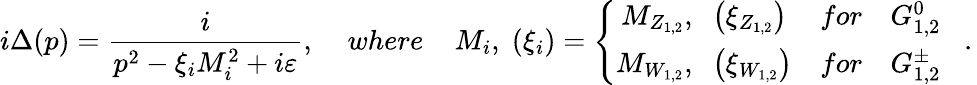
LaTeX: i\Delta(p)=\frac{i}{p^{2}-\xi_{i}M_{i}^{2}+i\varepsilon},\; \; \; \; where\; \; \; \; M_{i},\; (\xi_{i})=\left\{ \begin{array}{ccl}{{M_{Z_{1,2}},\; \; \left(\xi_{Z_{1,2}}\right)}}&{{for}}&{{{G}_{1,2}^{0}}}\\ {{M_{W_{1,2}},\; \; \left(\xi_{W_{1,2}}\right)}}&{{for}}&{{{G}_{1,2}^{\pm}}}\end{array}\; \; \; .\right.